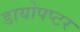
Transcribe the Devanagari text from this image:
डायोपप्टर